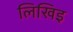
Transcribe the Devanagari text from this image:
लिखिइ